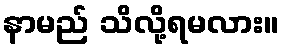
နာမည် သိလို့ရမလား။